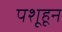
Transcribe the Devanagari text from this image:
पशूहून